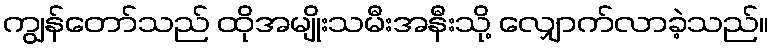
ကျွန်တော်သည် ထိုအမျိုးသမီးအနီးသို့ လျှောက်လာခဲ့သည်။